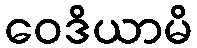
ဝေဒိယာမိ